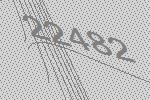
22482